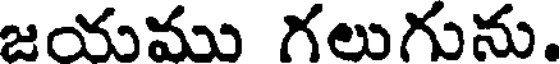
జయము గలుగును.